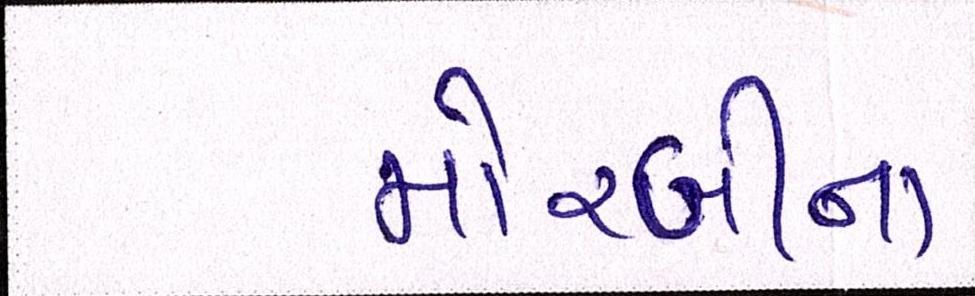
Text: મોરબીના